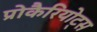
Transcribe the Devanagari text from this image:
प्रोकैरियोट्स